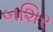
બશિર